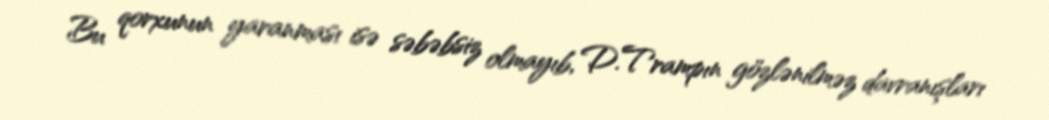
Bu qorxunun yaranması isə səbəbsiz olmayıb, D.Trampın gözlənilməz davranışları